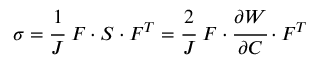
{ \boldsymbol { \sigma } } = { \cfrac { 1 } { J } } ~ { \boldsymbol { F } } \cdot { \boldsymbol { S } } \cdot { \boldsymbol { F } } ^ { T } = { \cfrac { 2 } { J } } ~ { \boldsymbol { F } } \cdot { \cfrac { \partial W } { \partial { \boldsymbol { C } } } } \cdot { \boldsymbol { F } } ^ { T }